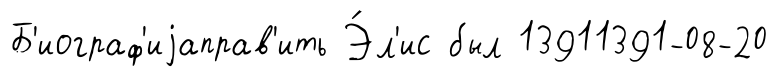
Б'иограф'иjаправ'ить Э́л'ис был 13911391-08-20